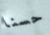
حسنا